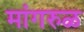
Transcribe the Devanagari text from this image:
मांगरुळ